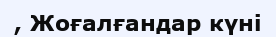
, Жоғалғандар күні